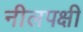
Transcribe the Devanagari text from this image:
नीलपक्षी